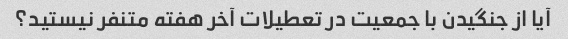
آیا از جنگیدن با جمعیت در تعطیلات آخر هفته متنفر نیستید؟